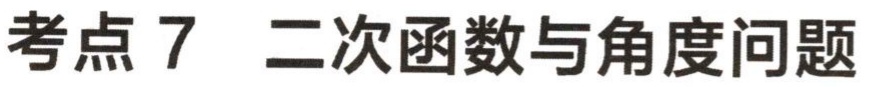
考点 7 二次函数与角度问题